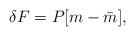
LaTeX: \begin{align*}\delta F = P[ m - \bar m],\end{align*}